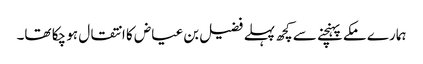
ہمارے مکے پہنچنے سے کچھ پہلے فضیل بن عیاض کا انتقال ہو چکا تھا۔